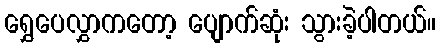
ရွှေပေလွှာကတော့ ပျောက်ဆုံး သွားခဲ့ပါတယ်။